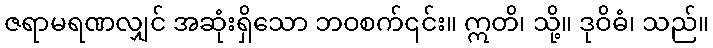
ဇရာမရဏလျှင် အဆုံးရှိသော ဘဝစက်၎င်း။ ဣတိ၊ သို့။ ဒုဝိဓံ၊ သည်။